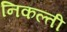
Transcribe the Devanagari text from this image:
निकल्ती